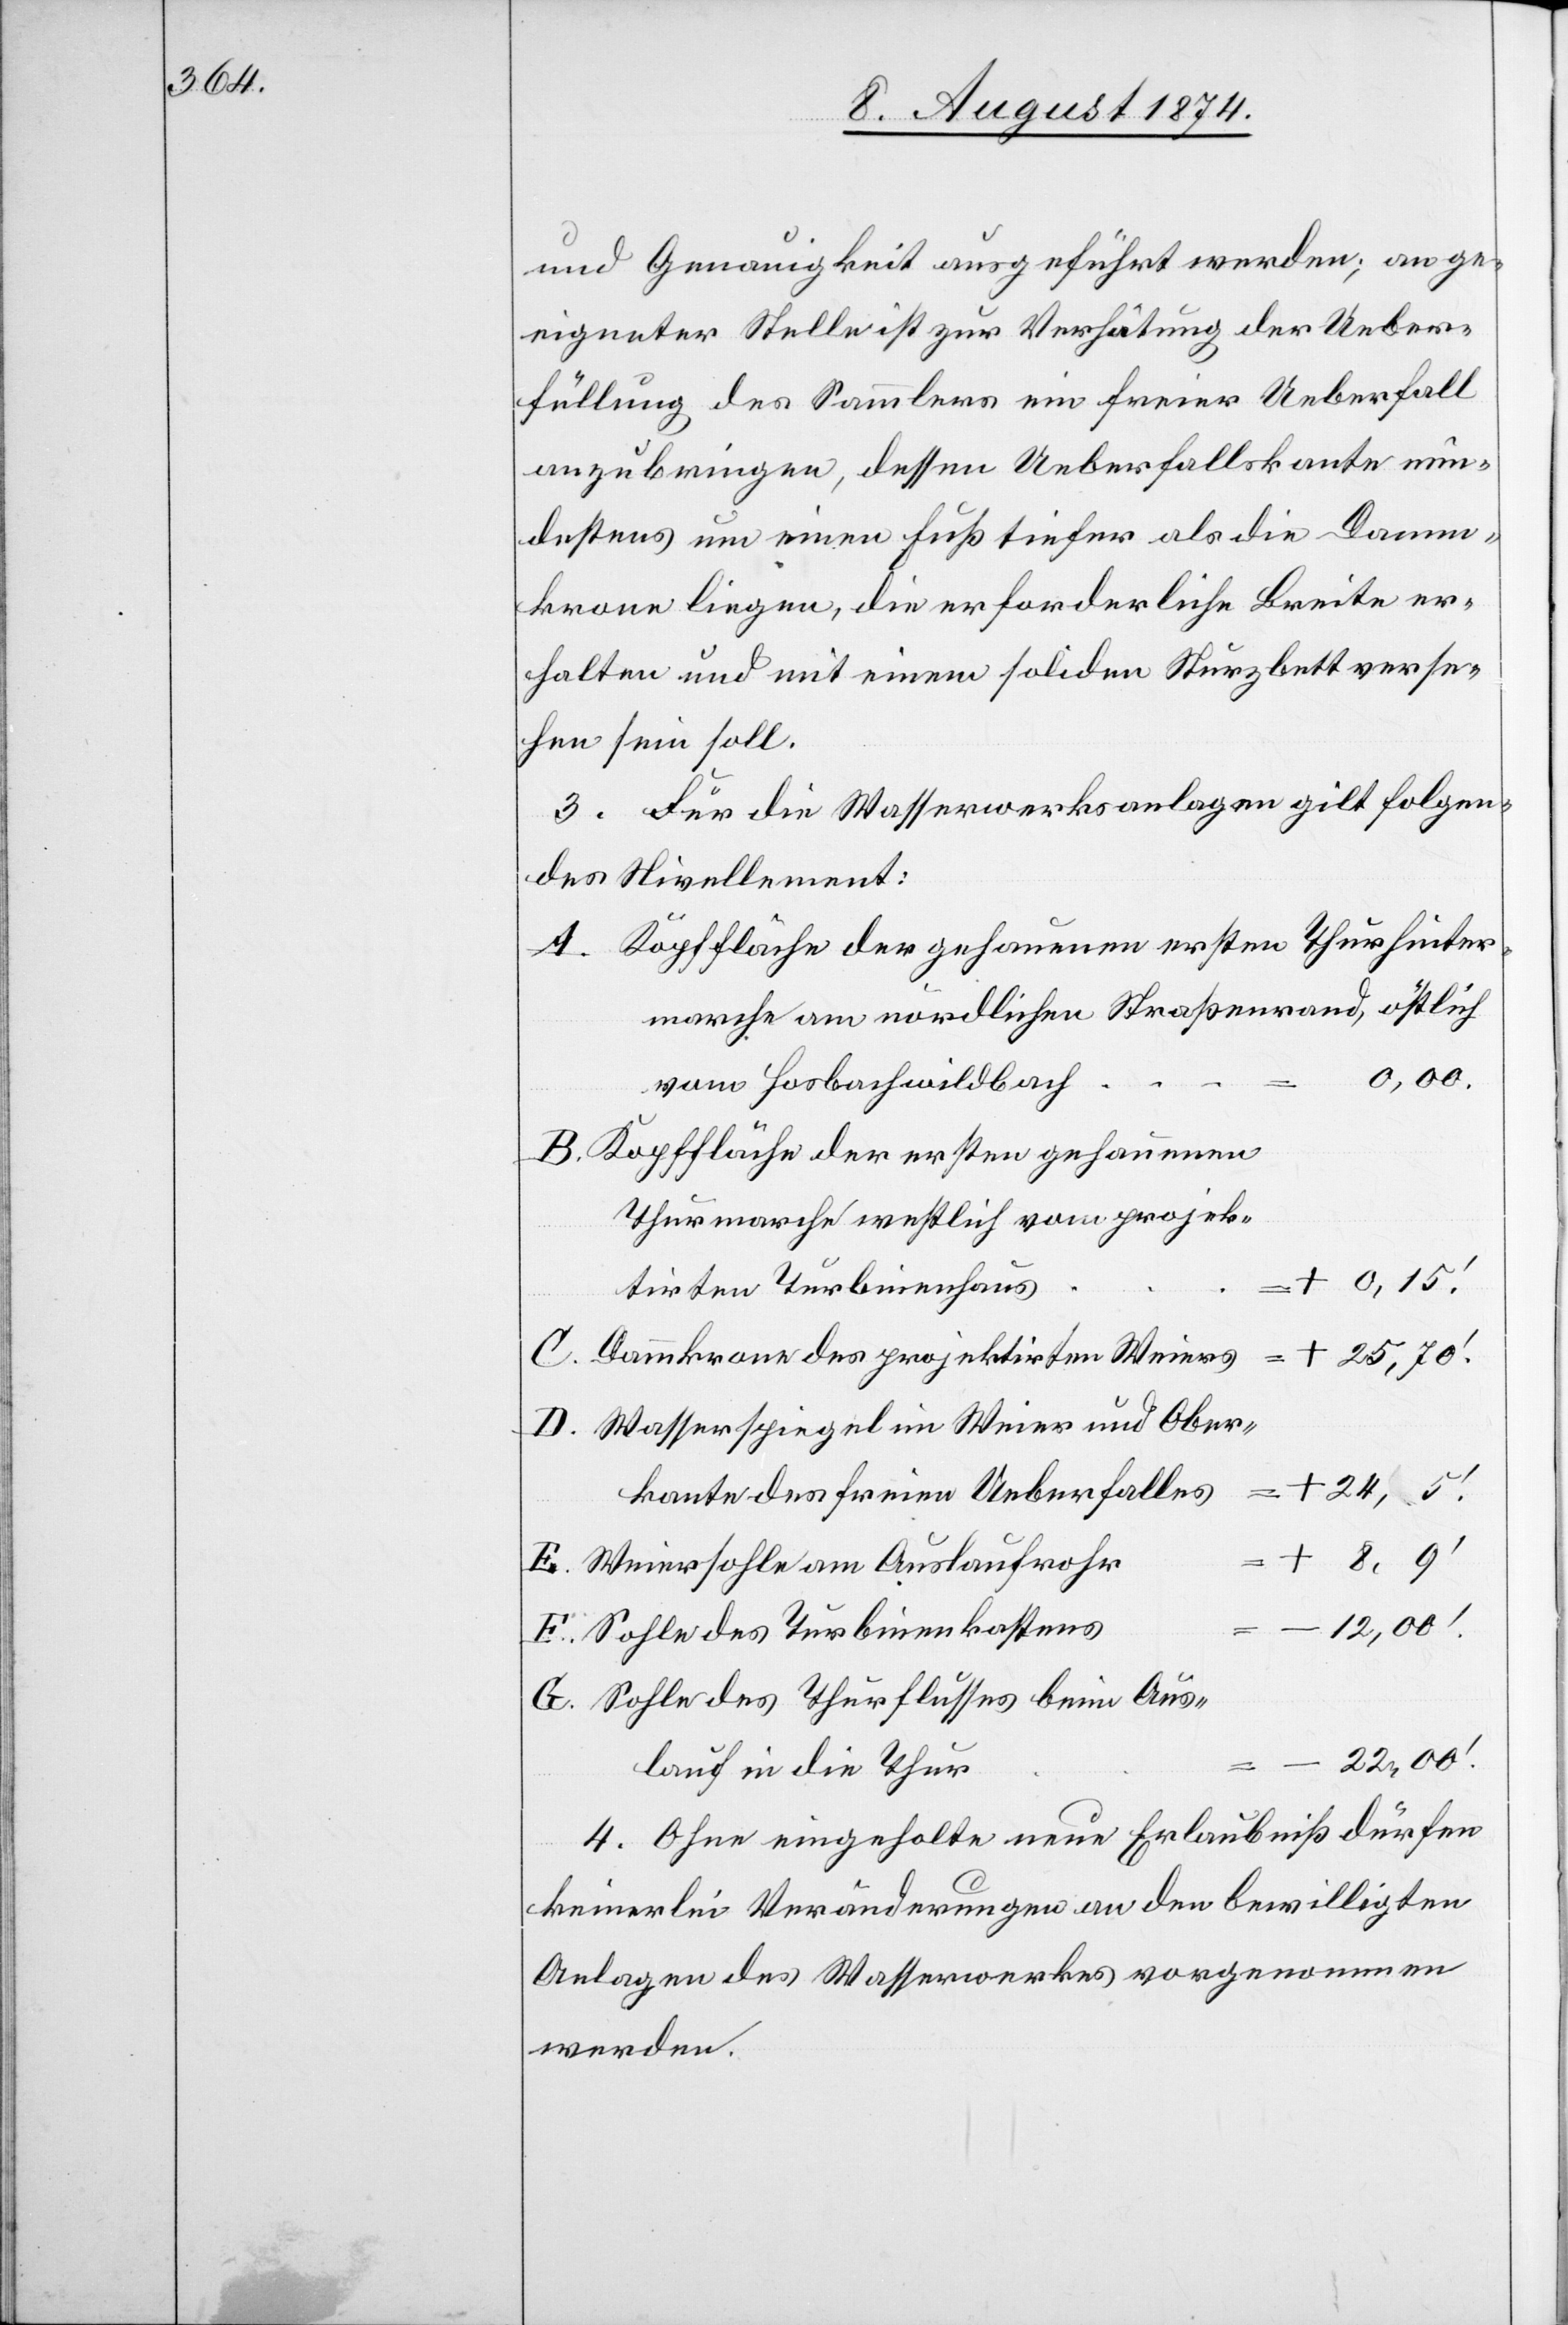
und Genauigkeit ausgeführt werden; an ge¬
eigneter Stelle ist zur Verhütung der Ueber¬
füllung des Sammlers ein freier Ueberfall
anzubringen, dessen Ueberfallskante min¬
destens um einen Fuß tiefer als die Damm¬
krone liegen, die erforderliche Breite er¬
halten und mit einem soliden Sturzbett verse¬
hen sein soll.
3. Für die Wasserwerksanlagen gilt folgen¬
des Nivellement:
Kopffläche der gehauenen ersten Thurhinter¬
marche am nördlichen Straßenrand, östlich
vom Hosbachwildbach
Kopffläche der ersten gehauenen
Thurmarche westlich vom projek¬
tirten Turbinenhaus
Dammkrone des projektirten Weiers
Wasserspiegel im Weier und Ober¬
kante des freien Ueberfalls
Weiersohle am Auslaufrohr
Sohle des Turbinenkastens
Sohle des Thurflusses beim Aus¬
lauf in die Thur
4. Ohne eingeholte neue Erlaubniß dürfen
keinerlei Veränderungen an den bewilligten
Anlagen des Wasserwerkes vorgenommen
werden.